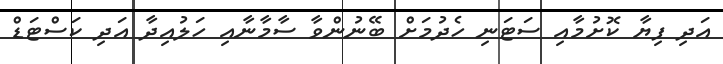
އަދި ފިޔާ ކޮށުމާއި ސަޓަނި ހެދުމަށް ބޭނުންވާ ސާމާނާއި ހަލުއިދާ އަދި ކަސްޓަޑް